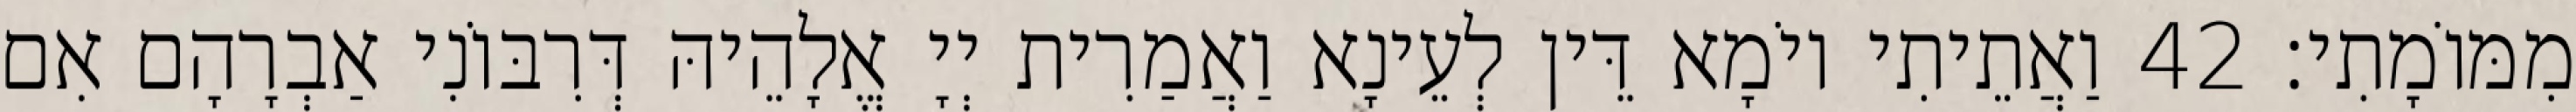
מִמּוֹמָתִי׃ 42 וַאֲתֵיתִי יוֹמָא דֵּין לְעֵינָא וַאֲמַרִית יְיָ אֱלָהֵיהּ דְּרִבּוֹנִי אַבְרָהָם אִם